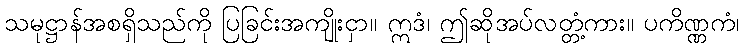
သမုဋ္ဌာန်အစရှိသည်ကို ပြခြင်းအကျိုးငှာ။ ဣဒံ၊ ဤဆိုအပ်လတ္တံ့ကား။ ပကိဏ္ဏကံ၊